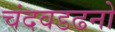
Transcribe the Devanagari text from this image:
चंदवडढनो